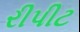
રીપીટ